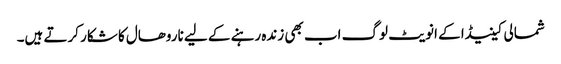
شمالی کینیڈا کے انویٹ لوگ اب بھی زندہ رہنے کے لیے ناروھال کا شکار کرتے ہیں۔